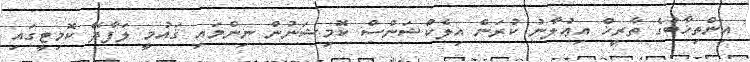
އިންތިޚާބުގެ ތާރީޚް އިޢުލާނު ކުރަން އިލެކްޝަންސް ކޮމިޝަނުން ނިންމައި ޤައުމީ ލަފާދޭ ކޮމިޓީގައި